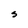
Character: S